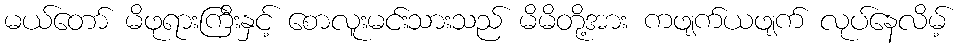
မယ်တော် မိဖုရားကြီးနှင့် စောလူးမင်းသားသည် မိမိတို့အား ကဖျက်ယဖျက် လုပ်နေလိမ့်